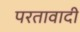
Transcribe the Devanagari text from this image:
परतावादी